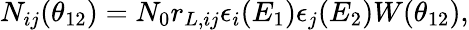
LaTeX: \begin{array}{r}{N_{ij}(\theta_{12})=N_{0}r_{L,ij}\epsilon_{i}(E_{1})\epsilon_{j}(E_{2})W(\theta_{12}),}\end{array}